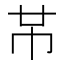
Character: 𫷄